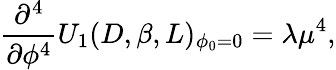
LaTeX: \frac{\partial^{4}}{\partial\phi^{4}}U_{1}(D,\beta,L)_{\phi_{0}=0}=\lambda\mu^{4},